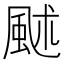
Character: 𩖶